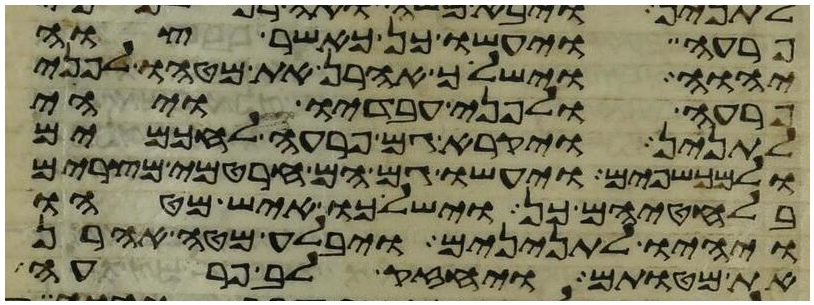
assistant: פרעה ויעשו כן כאשר צוה
יהוה וישליך אהרן את מטהו לפני
פרעה ולפני עבדיו ויהי
לתנין ויקרא גם פרעה לחכמים
ולמכשפים ויעשו גם הם חרטמי מצרים
בלחטיהם כן וישלכו איש מטהו
ויהיו לתנינים ויבלע מטה אהרן
את מטותם ויחזק לב פרעה